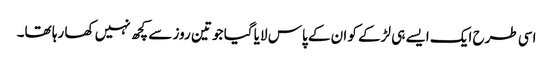
اسی طرح ایک ایسے ہی لڑکے کو ان کے پاس لایا گیا جو تین روز سے کچھ نہیں کھا رہا تھا۔